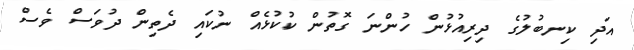
އަދި ކިނބުލުގެ ދިރިއުޅުން ހުންނަ ގޮތުން ކުކުޅެއް ނުކައި ދެތިން ދުވަސް ވެސް